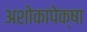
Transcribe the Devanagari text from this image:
अशोकापेक्षा